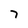
Character: 7